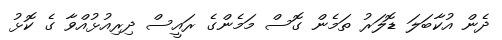
ދެން އުކާބަލަ ޑޮލަރު ތަމެން ގޮސް މަމެންގެ ރައީސް ދިރިއުޅުއްވާ ގެ ކޮޅު